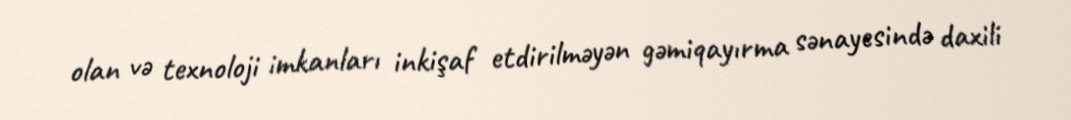
olan və texnoloji imkanları inkişaf etdirilməyən gəmiqayırma sənayesində daxili